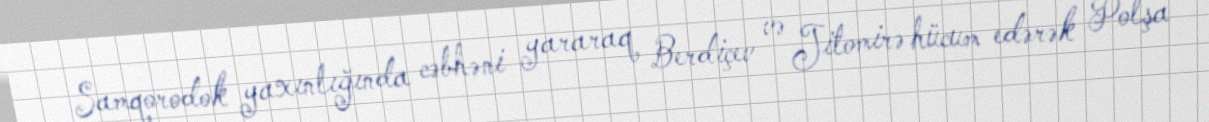
Samqorodok yaxınlığında cəbhəni yararaq Berdiçev və Jitomirə hücum edərək Polşa